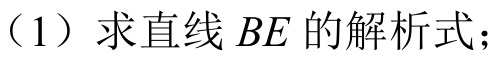
（1）求直线\(BE\)的解析式；